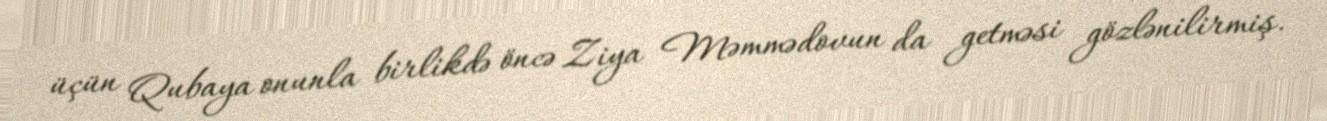
üçün Qubaya onunla birlikdə öncə Ziya Məmmədovun da getməsi gözlənilirmiş.